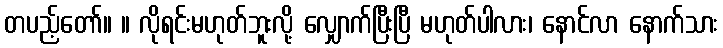
တပည့်တော်။ ။ လိုရင်းမဟုတ်ဘူးလို့ လျှောက်ပြီးပြီ မဟုတ်ပါလား၊ နောင်လာ နောက်သား